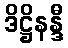
ဒိဋ္ဌိနန္ဒီ